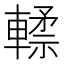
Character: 𰹢